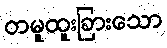
တမူထူးခြားသော